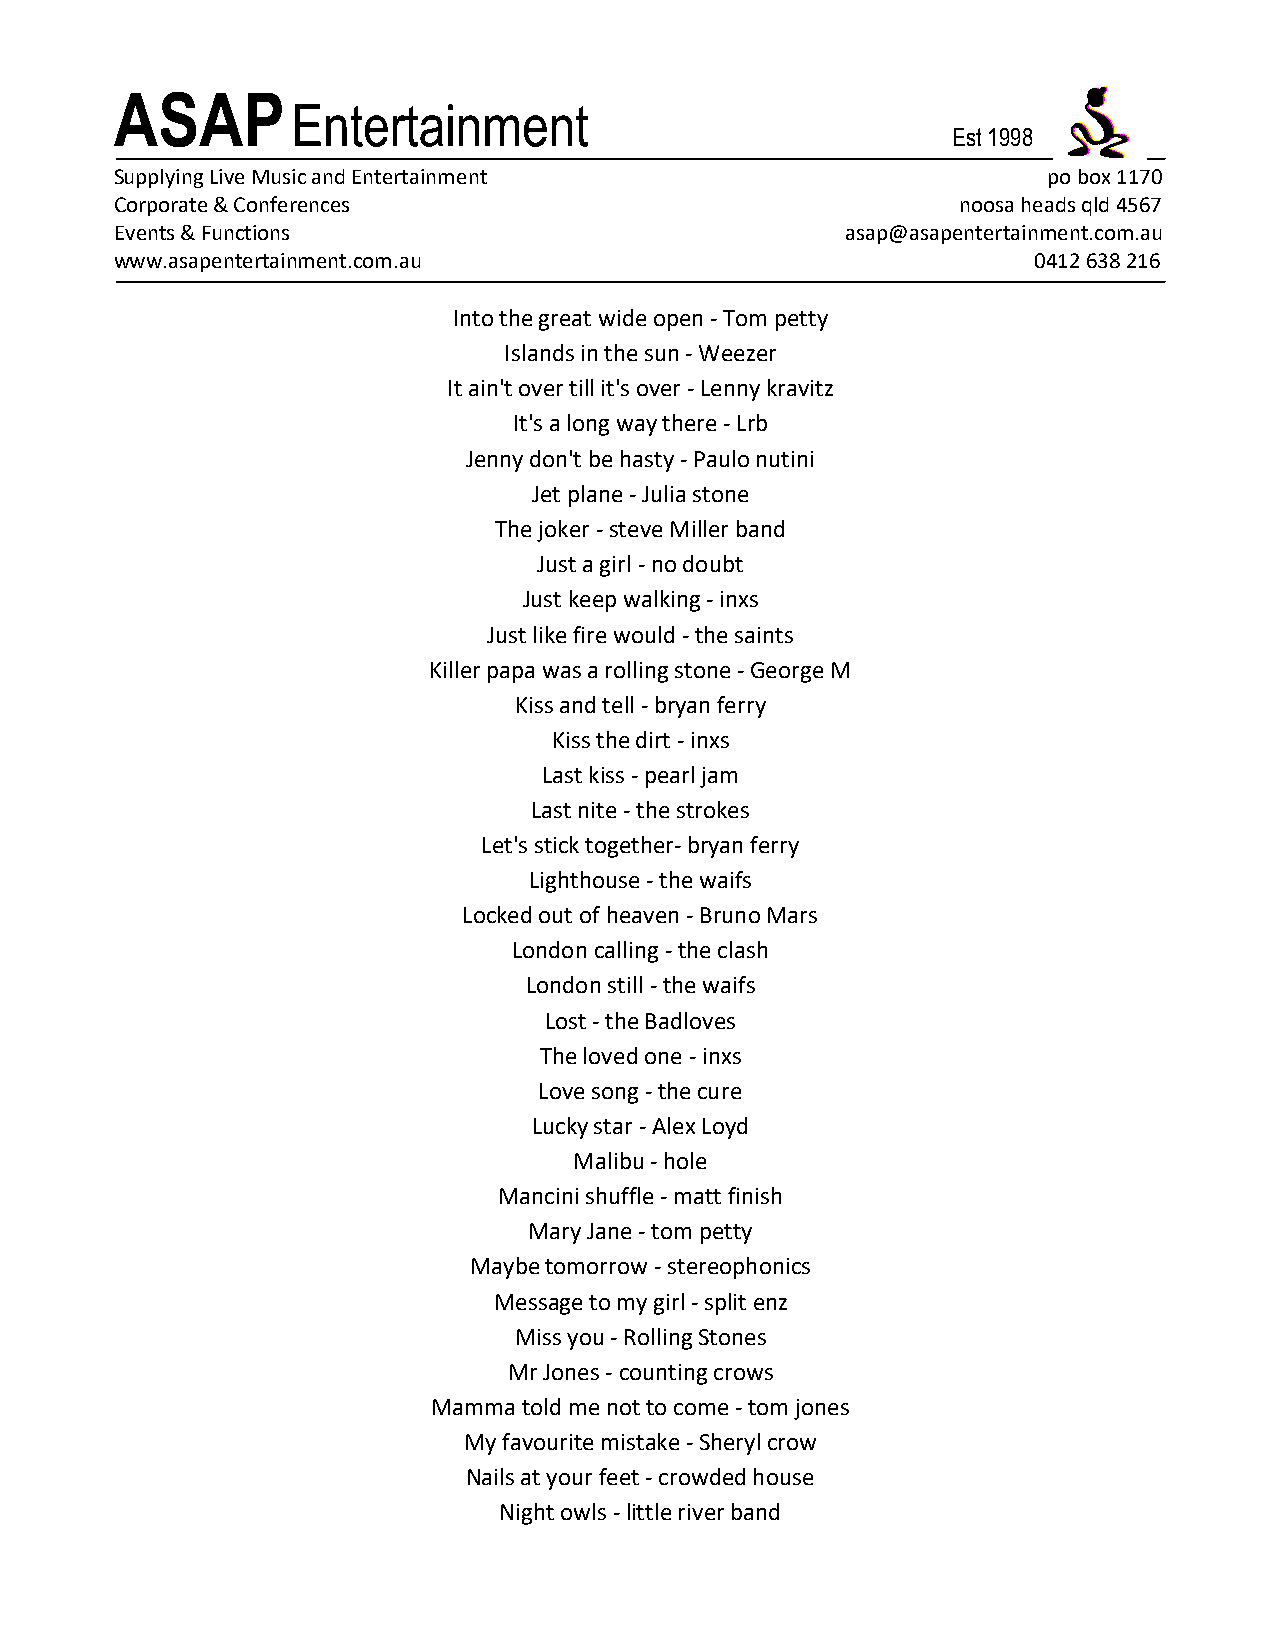
ASAP
 Entertainment
 Est 1998
 Supplying Live Music and Entertainment                       po box 1170
 Corporate & Conferences                                 noosa heads qld 4567
 Events & Functions                              asap@asapentertainment.com.au
 www.asapentertainment.com.au                                0412 638 216
 Into the great wide open - Tom petty
 Islands in the sun - Weezer
 It ain't over till it's over - Lenny kravitz
 It's a long way there - Lrb
 Jenny don't be hasty - Paulo nutini
 Jet plane - Julia stone
 The joker - steve Miller band
 Just a girl - no doubt
 Just keep walking - inxs
 Just like fire would - the saints
 Killer papa was a rolling stone - George M
 Kiss and tell - bryan ferry
 Kiss the dirt - inxs
 Last kiss - pearl jam
 Last nite - the strokes
 Let's stick together- bryan ferry
 Lighthouse - the waifs
 Locked out of heaven - Bruno Mars
 London calling - the clash
 London still - the waifs
 Lost - the Badloves
 The loved one - inxs
 Love song - the cure
 Lucky star - Alex Loyd
 Malibu - hole
 Mancini shuffle - matt finish
 Mary Jane - tom petty
 Maybe tomorrow - stereophonics
 Message to my girl - split enz
 Miss you - Rolling Stones
 Mr Jones - counting crows
 Mamma told me not to come - tom jones
 My favourite mistake - Sheryl crow
 Nails at your feet - crowded house
 Night owls - little river band